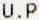
U.P